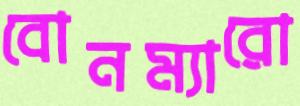
বোনম্যারো